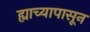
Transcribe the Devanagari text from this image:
ह्याच्यापासून